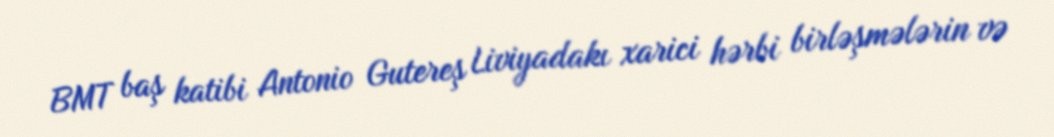
BMT baş katibi Antonio Gutereş Liviyadakı xarici hərbi birləşmələrin və